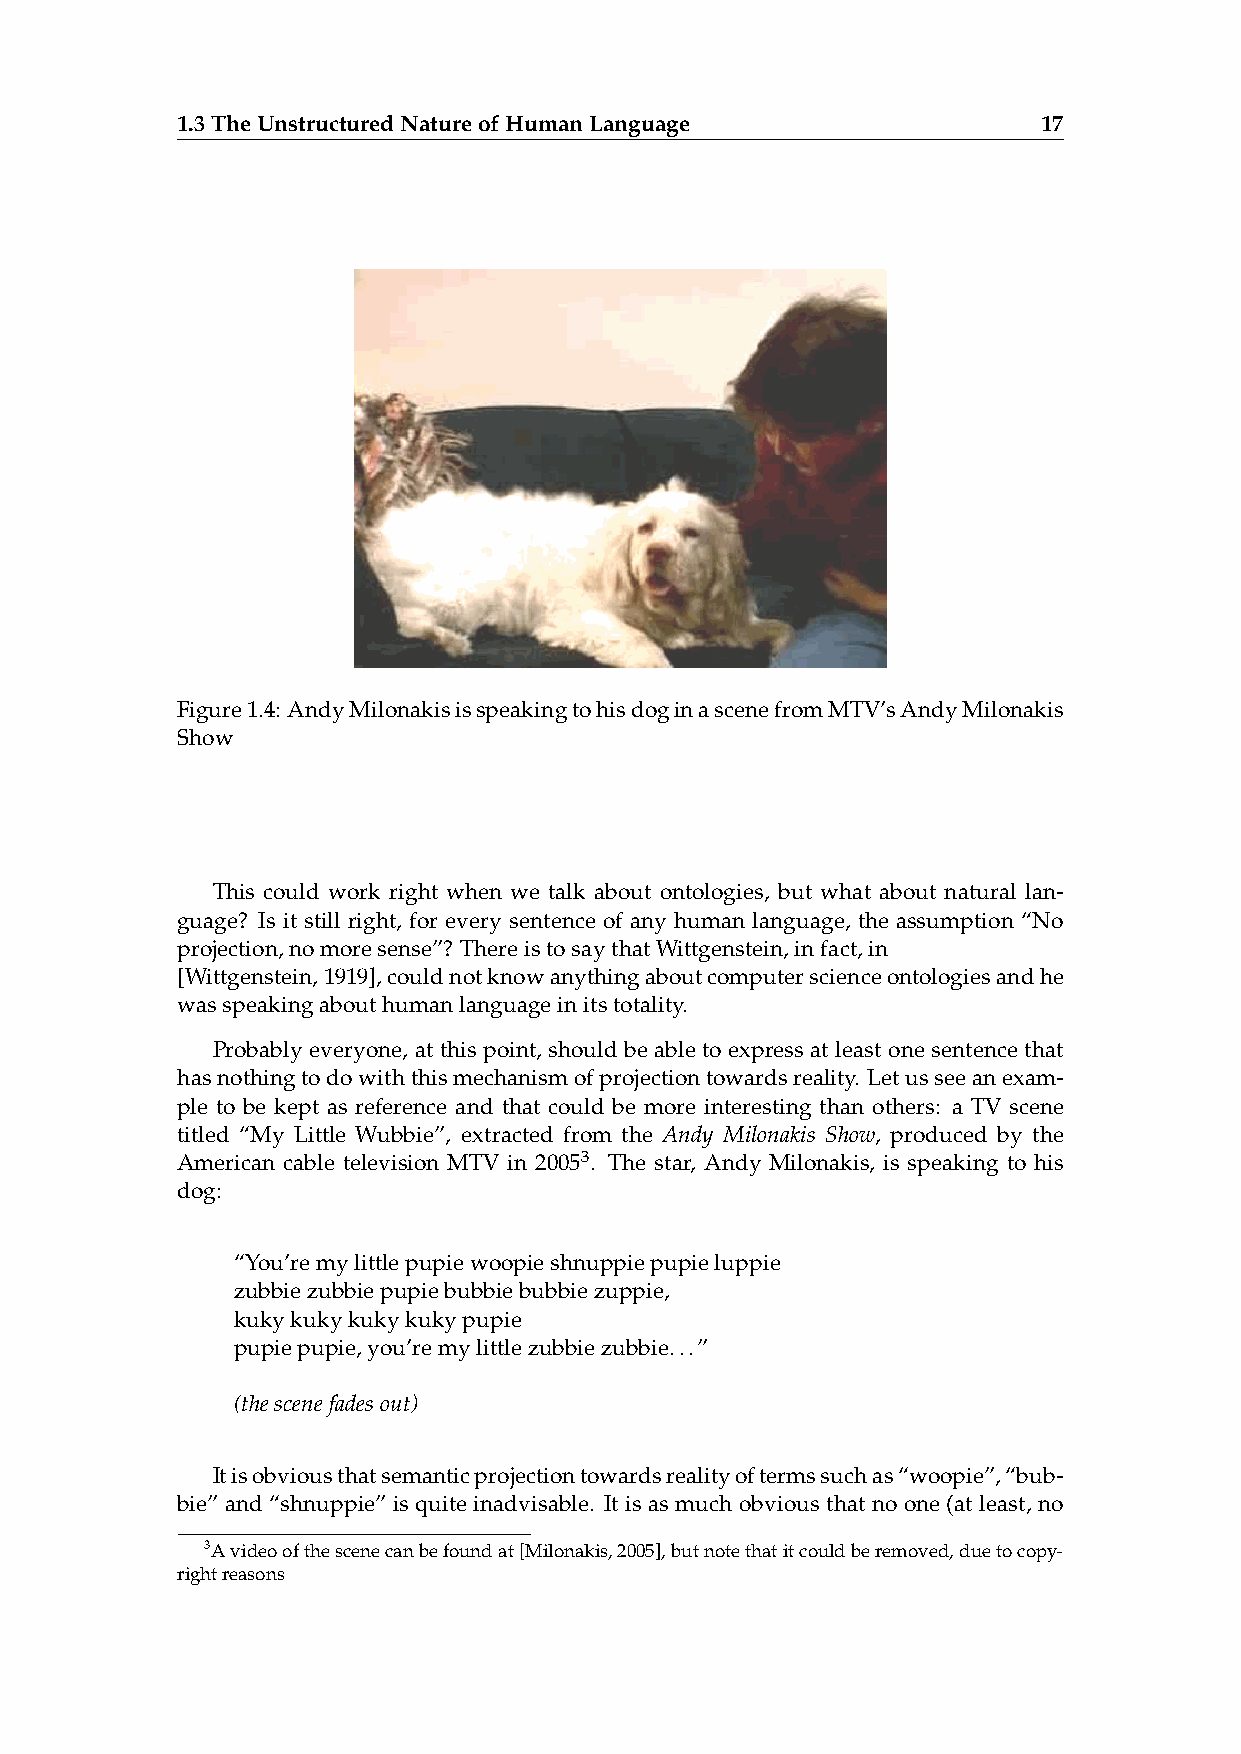
1.3TheUnstructuredNatureofHumanLanguage                  17
 Figure1.4: AndyMilonakisisspeakingtohisdoginascenefromMTV’sAndyMilonakis
 Show
 This could work right when we talk about ontologies, but what about natural lan-
 guage? Is it still right, for every sentence of any human language, the assumption “No
 projection,nomoresense”? ThereistosaythatWittgenstein,infact,in
 [Wittgenstein,1919],couldnotknowanythingaboutcomputerscienceontologiesandhe
 wasspeakingabouthumanlanguageinitstotality.
 Probably everyone, at this point, should be able to express at least one sentence that
 hasnothingtodowiththismechanismofprojectiontowardsreality. Letusseeanexam-
 ple to be kept as reference and that could be more interesting than others: a TV scene
 titled “My Little Wubbie”, extracted from the Andy Milonakis Show, produced by the
 American cable television MTV in 20053. The star, Andy Milonakis, is speaking to his
 dog:
 “You’remylittlepupiewoopieshnuppiepupieluppie
 zubbiezubbiepupiebubbiebubbiezuppie,
 kukykukykukykukypupie
 pupiepupie,you’remylittlezubbiezubbie...”
 (thescenefadesout)
 Itisobviousthatsemanticprojectiontowardsrealityoftermssuchas“woopie”,“bub-
 bie” and “shnuppie” is quite inadvisable. It is as much obvious that no one (at least, no
 3Avideoofthescenecanbefoundat[Milonakis,2005],butnotethatitcouldberemoved,duetocopy-
 rightreasons